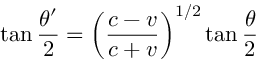
\tan { \frac { \theta ^ { \prime } } { 2 } } = \left( { \frac { c - v } { c + v } } \right) ^ { 1 / 2 } \tan { \frac { \theta } { 2 } }